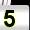
Digit: 5